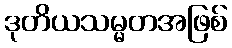
ဒုတိယသမ္မတအဖြစ်